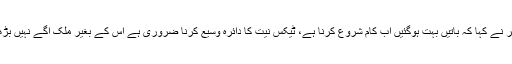
اسد عمر نے کہا کہ باتیں بہت ہوگئیں اب کام شروع کرنا ہے، ٹیکس نیت کا دائرہ وسیع کرنا ضروری ہے اس کے بغیر ملک آگے نہیں بڑھے گا۔